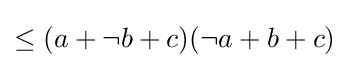
{\textstyle \leq (a+\neg b+c)(\neg a+b+c)}